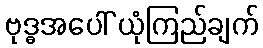
ဗုဒ္ဓအပေါ် ယုံကြည်ချက်